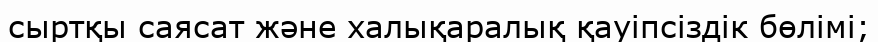
сыртқы саясат және халықаралық қауіпсіздік бөлімі;